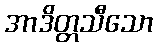
အာဒိတ္တသီသော